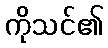
ကိုသင်၏